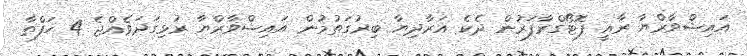
އައިޝްވާރްޔާ ރާއީ ފޮޓޯގްރާފަރުން ދެކެ އަރާދިޔާ ބިރުގަތުމުން އައިޝްވާރްޔާ ރުޅިގަދަވެއްޖެ 4 ހަފްތާ